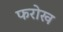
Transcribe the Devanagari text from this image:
फरोख